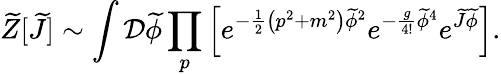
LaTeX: {\widetilde{Z}}[{\widetilde{J}}]\sim\int{\mathcal{D}}{\widetilde{\phi}}\prod_{p}\left[e^{-{\frac{1}{2}}\left(p^{2}+m^{2}\right){\widetilde{\phi}}^{2}}e^{-{\frac{g}{4!}}{\widetilde{\phi}}^{4}}e^{{\widetilde{J}}{\widetilde{\phi}}}\right].